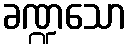
ခဏ္ဍသော